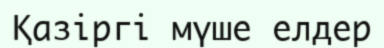
Қазіргі мүше елдер